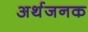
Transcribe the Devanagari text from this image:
अर्थजनक